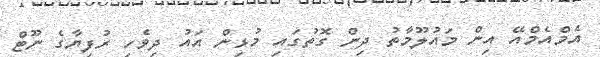
އެމްއެމްއޭ އިން މައުލޫމާތު ދިން ގޮތުގައި މުޅިން އައު ދިވެހި ރުފިޔާގެ ނޫޓް